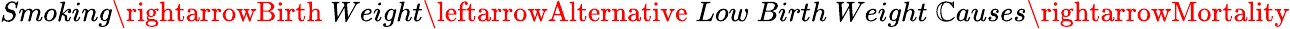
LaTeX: Smoking\rightarrowBirth\; Weight\leftarrowAlternative\; Low\; Birth\; Weight\; \mathbb{C}auses\rightarrowMortality